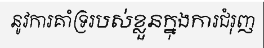
នូវការគាំទ្ររបស់ខ្លួនក្នុងការជំរុញ